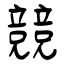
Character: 競